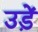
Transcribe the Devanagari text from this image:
उड़ें